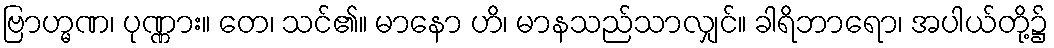
ဗြာဟ္မဏ၊ ပုဏ္ဏား။ တေ၊ သင်၏။ မာနော ဟိ၊ မာနသည်သာလျှင်။ ခါရိဘာရော၊ အပါယ်တို့၌